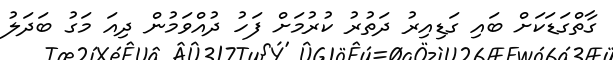
ގާތްގަޑަކަށް ބައި ގަޑިއިރު ދަތުރު ކުރުމަށް ފަހު ދުއްވަމުން ދިއަ މަގު ބަދަލު